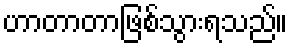
ဟာတာတာဖြစ်သွားရသည်။